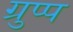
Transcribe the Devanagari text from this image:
ग्रुप्प